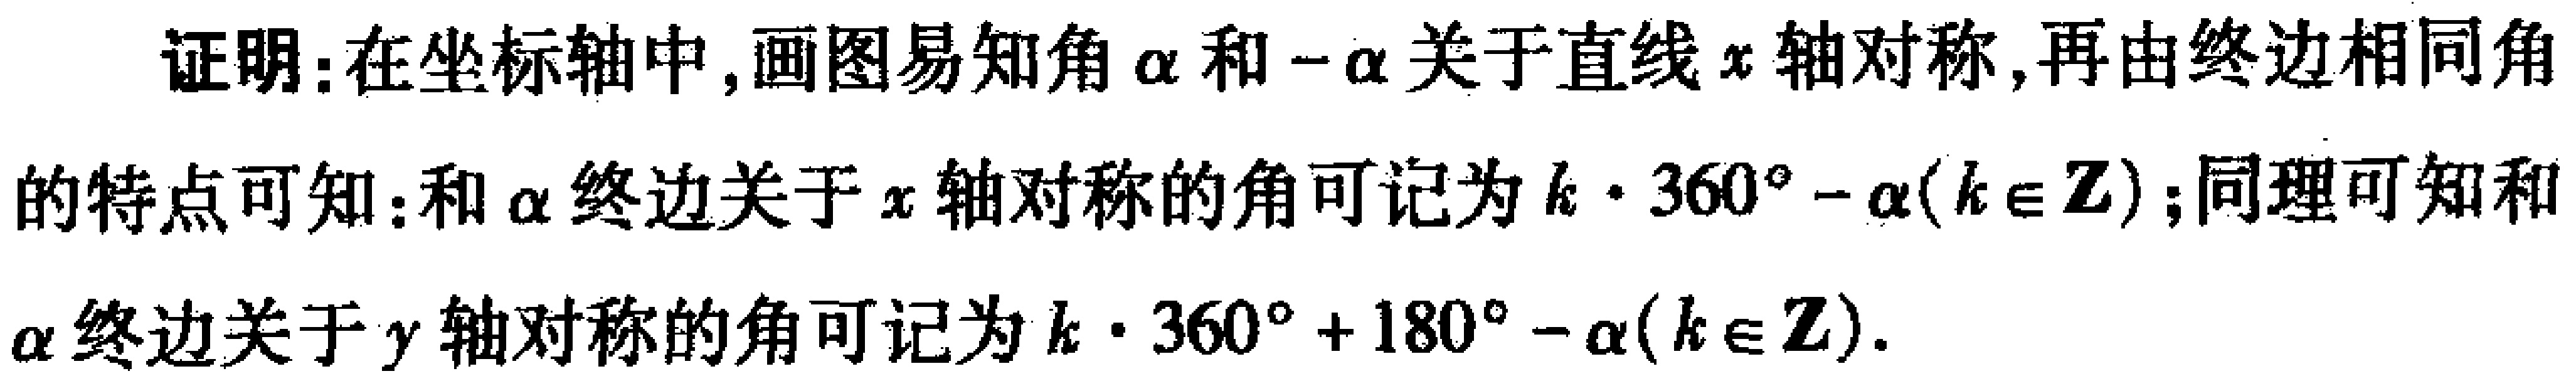
证明：在坐标轴中, 画图易知角$\alpha$和$-\alpha$关于直线$x$轴对称, 再由终边相同角的特点可知：和$\alpha$终边关于$x$轴对称的角可记为$k\cdot 360^{\circ}-\alpha(k\in\mathbb{Z})$；同理可知和$\alpha$终边关于$y$轴对称的角可记为$k\cdot 360^{\circ}+180^{\circ}-\alpha(k\in\mathbb{Z})$.